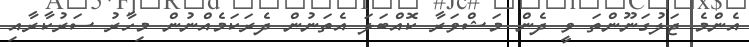
އެންމެ ޖަލުގަނޫންތަ ވީ ދެން މަޝްވަރާ ކޮއްބަލަ އެތަނުން ދެރަކަމެއްނުން މިހާރު ސަރުކާރާއި